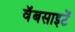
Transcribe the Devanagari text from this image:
वॅबसाइटें